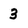
Character: 3